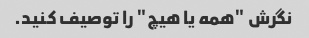
نگرش "همه یا هیچ" را توصیف کنید.